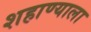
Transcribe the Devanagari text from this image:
शहाण्याला